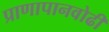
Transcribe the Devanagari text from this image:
प्राणापानवोढी